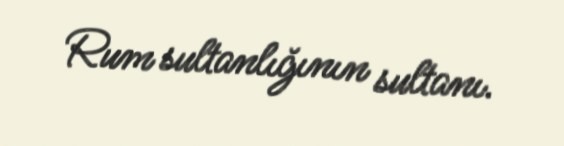
Rum sultanlığının sultanı.